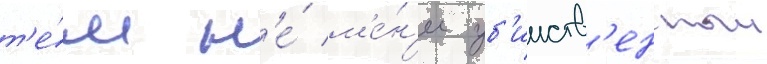
т'е́м н'е́ м'е́н'ее уб'ииств'енныи